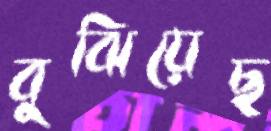
বুঝিয়েছ